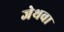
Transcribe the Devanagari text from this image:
जेथवा